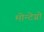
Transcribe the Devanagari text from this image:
मोन्टेग्रो